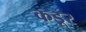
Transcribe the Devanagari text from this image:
कडूर